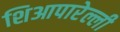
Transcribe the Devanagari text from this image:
शिआपारेल्ली